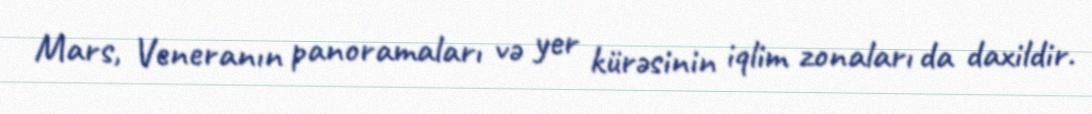
Mars, Veneranın panoramaları və yer kürəsinin iqlim zonaları da daxildir.